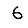
Digit: 6